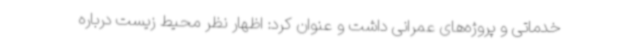
خدماتی و پروژه‌های عمرانی داشت و عنوان کرد: اظهار نظر محیط زیست درباره